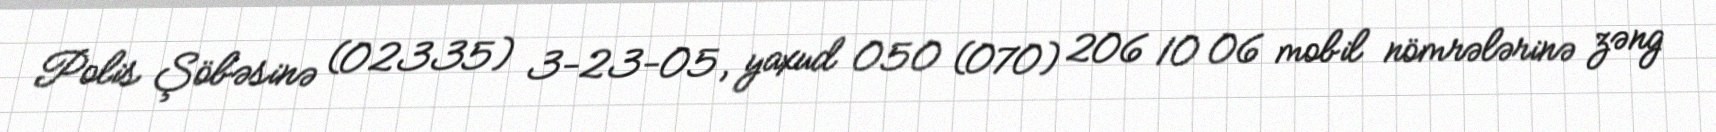
Polis Şöbəsinə (02335) 3-23-05, yaxud 050 (070) 206 10 06 mobil nömrələrinə zəng